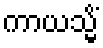
ကာယသ္မိံ